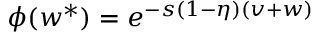
\phi ( w ^ { * } ) = e ^ { - s ( 1 - \eta ) ( v + w ) }